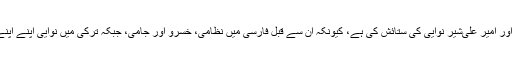
اُس مثنوی میں اُنہوں نے ایک جا نظامی گنجوی، امیر خُسرَو دہلوی، عبدالرحمٰن جامی اور امیر علی‌شیر نوایی کی سِتائش کی ہے، کیونکہ اُن سے قبل فارسی میں نظامی، خُسرَو اور جامی، جبکہ تُرکی میں نوایی اپنے اپنے خمسے اِتمام تک پہنچا چکے تھے، اور وہ خود کو اُن شُعَراء کا پَیرَو سمجھتے تھے۔